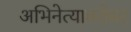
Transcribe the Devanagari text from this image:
अभिनेत्याबरोबर